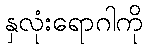
နှလုံးရောဂါကို